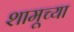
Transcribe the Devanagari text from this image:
शामूच्या